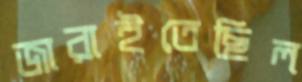
জারাইতেছিল